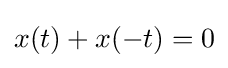
x(t)+x(-t)=0